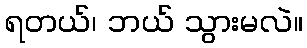
ရတယ်၊ ဘယ် သွားမလဲ။